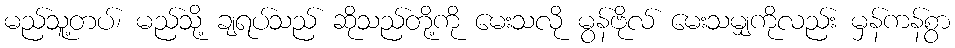
မည်သူ့တပ်၊ မည်သို့ ချရပ်သည် ဆိုသည်တို့ကို မေးသလို မွန်ဗိုလ် မေးသမျှကိုလည်း မှန်ကန်စွာ